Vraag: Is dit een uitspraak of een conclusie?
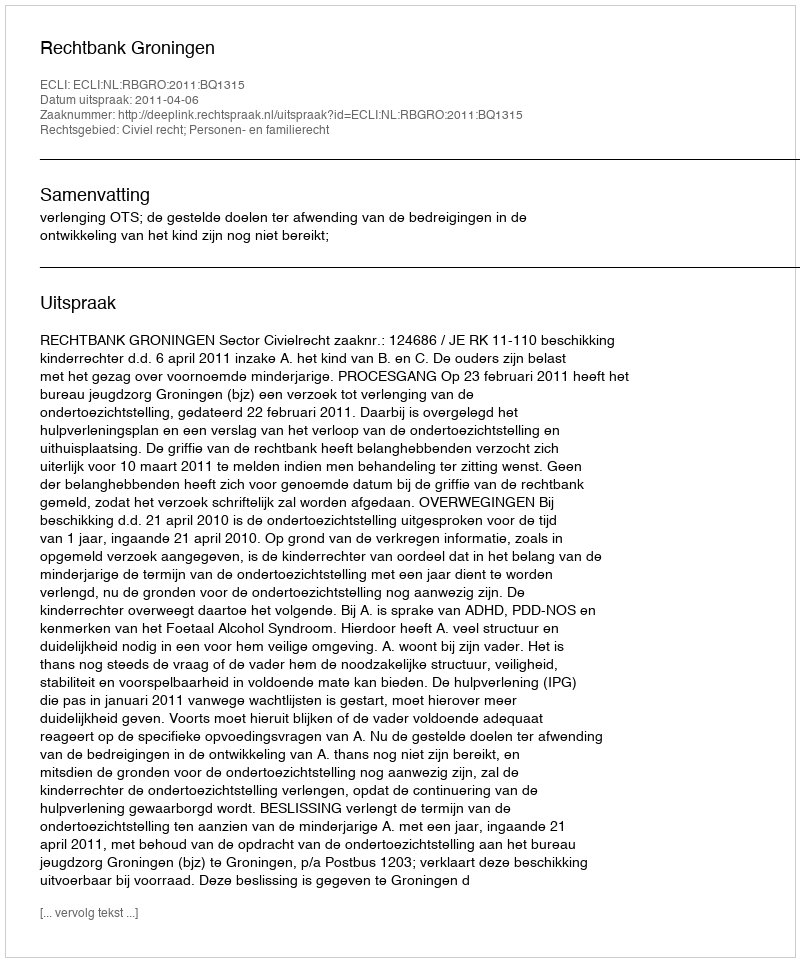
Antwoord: Uitspraak